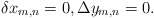
\begin{align*}\delta x_{m,n}=0,\Delta y_{m,n}=0.\end{align*}